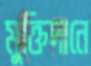
মুক্তিদানে